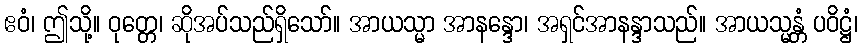
ဧဝံ၊ ဤသို့။ ဝုတ္တေ၊ ဆိုအပ်သည်ရှိသော်။ အာယသ္မာ အာနန္ဒော၊ အရှင်အာနန္ဒာသည်။ အာယသ္မန္တံ ပဝိဋ္ဌံ၊